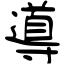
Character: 導